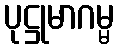
ပုဋ္ဌုမာဂမ္မ